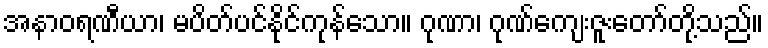
အနာဝရဏီယာ၊ မပိတ်ပင်နိုင်ကုန်သော။ ဂုဏာ၊ ဂုဏ်ကျေးဇူးတော်တို့သည်။